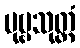
ပုဗ္ဗသုတ္တံ